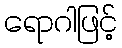
ရောဂါဖြင့်